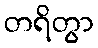
တရိတွာ